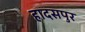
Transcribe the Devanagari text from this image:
हादसपुर